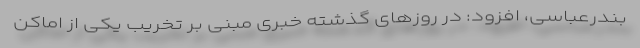
بندرعباسی، افزود: در روزهای گذشته خبری مبنی بر تخریب یکی از اماکن